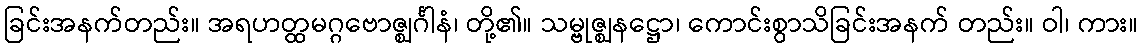
ခြင်းအနက်တည်း။ အရဟတ္ထမဂ္ဂဗောဇ္ဈင်္ဂါနံ၊ တို့၏။ သမ္ဗုဇ္ဈနဋ္ဌော၊ ကောင်းစွာသိခြင်းအနက် တည်း။ ဝါ၊ ကား။